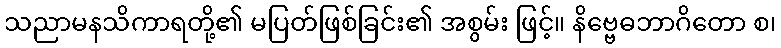
သညာမနသိကာရတို့၏ မပြတ်ဖြစ်ခြင်း၏ အစွမ်း ဖြင့်။ နိဗ္ဗေဓဘာဂိတော စ၊